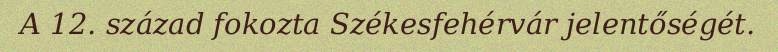
A 12. század fokozta Székesfehérvár jelentőségét.